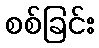
စစ်ခြင်း